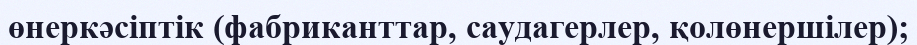
өнеркәсіптік (фабриканттар, саудагерлер, қолөнершілер);